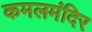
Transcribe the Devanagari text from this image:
कमलमंदिर